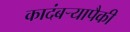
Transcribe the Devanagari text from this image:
कादंबऱ्यापैकी